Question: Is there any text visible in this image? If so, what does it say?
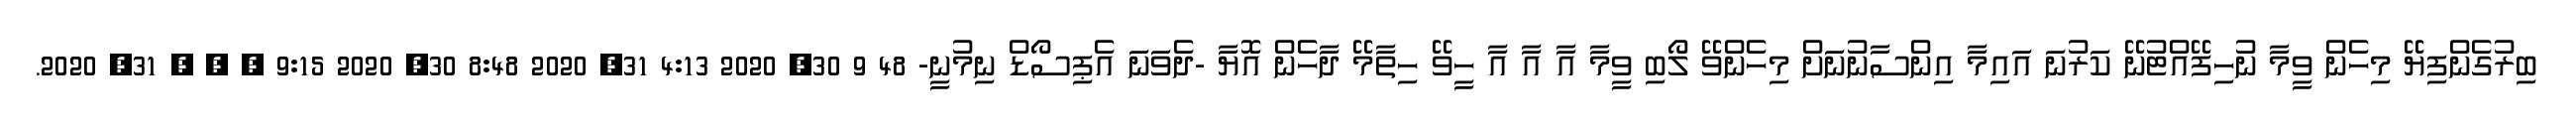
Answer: ބިރުގެންފިޔޭ މިހެން ވީމާ ނުހިފޭއްޓުނޭ ކަރުނަ އައިމާ އިންސާނުނަށް މިހެންވޭ ލޯބި ވީމާ އާ އާ އާ ހީވޭ ހިތާމޭ ދާހެން އޮޔާ -ދެވަނަ އެޕިސޯޑް ނިމުނީ- 48 9 30, 2020 4:13 31, 2020 8:48 30, 2020 9:15 ? , , 31, 2020.